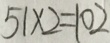
5 1 \times 2 = 1 0 2